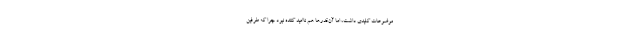
موضوعات کلیدی داشت، اما آن‌قدر‌ها هم ناامید کننده نبود چرا که طرفین